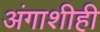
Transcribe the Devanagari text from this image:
अंगाशीही